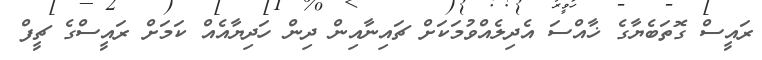
ރައީސް ގޮތަބެޔާގެ ޚާއްސަ އެދިލެއްވުމަކަށް ޗައިނާއިން ދިން ހަދިޔާއެއް ކަމަށް ރައީސްގެ ޗީފް